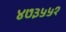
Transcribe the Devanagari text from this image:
४७३५५१